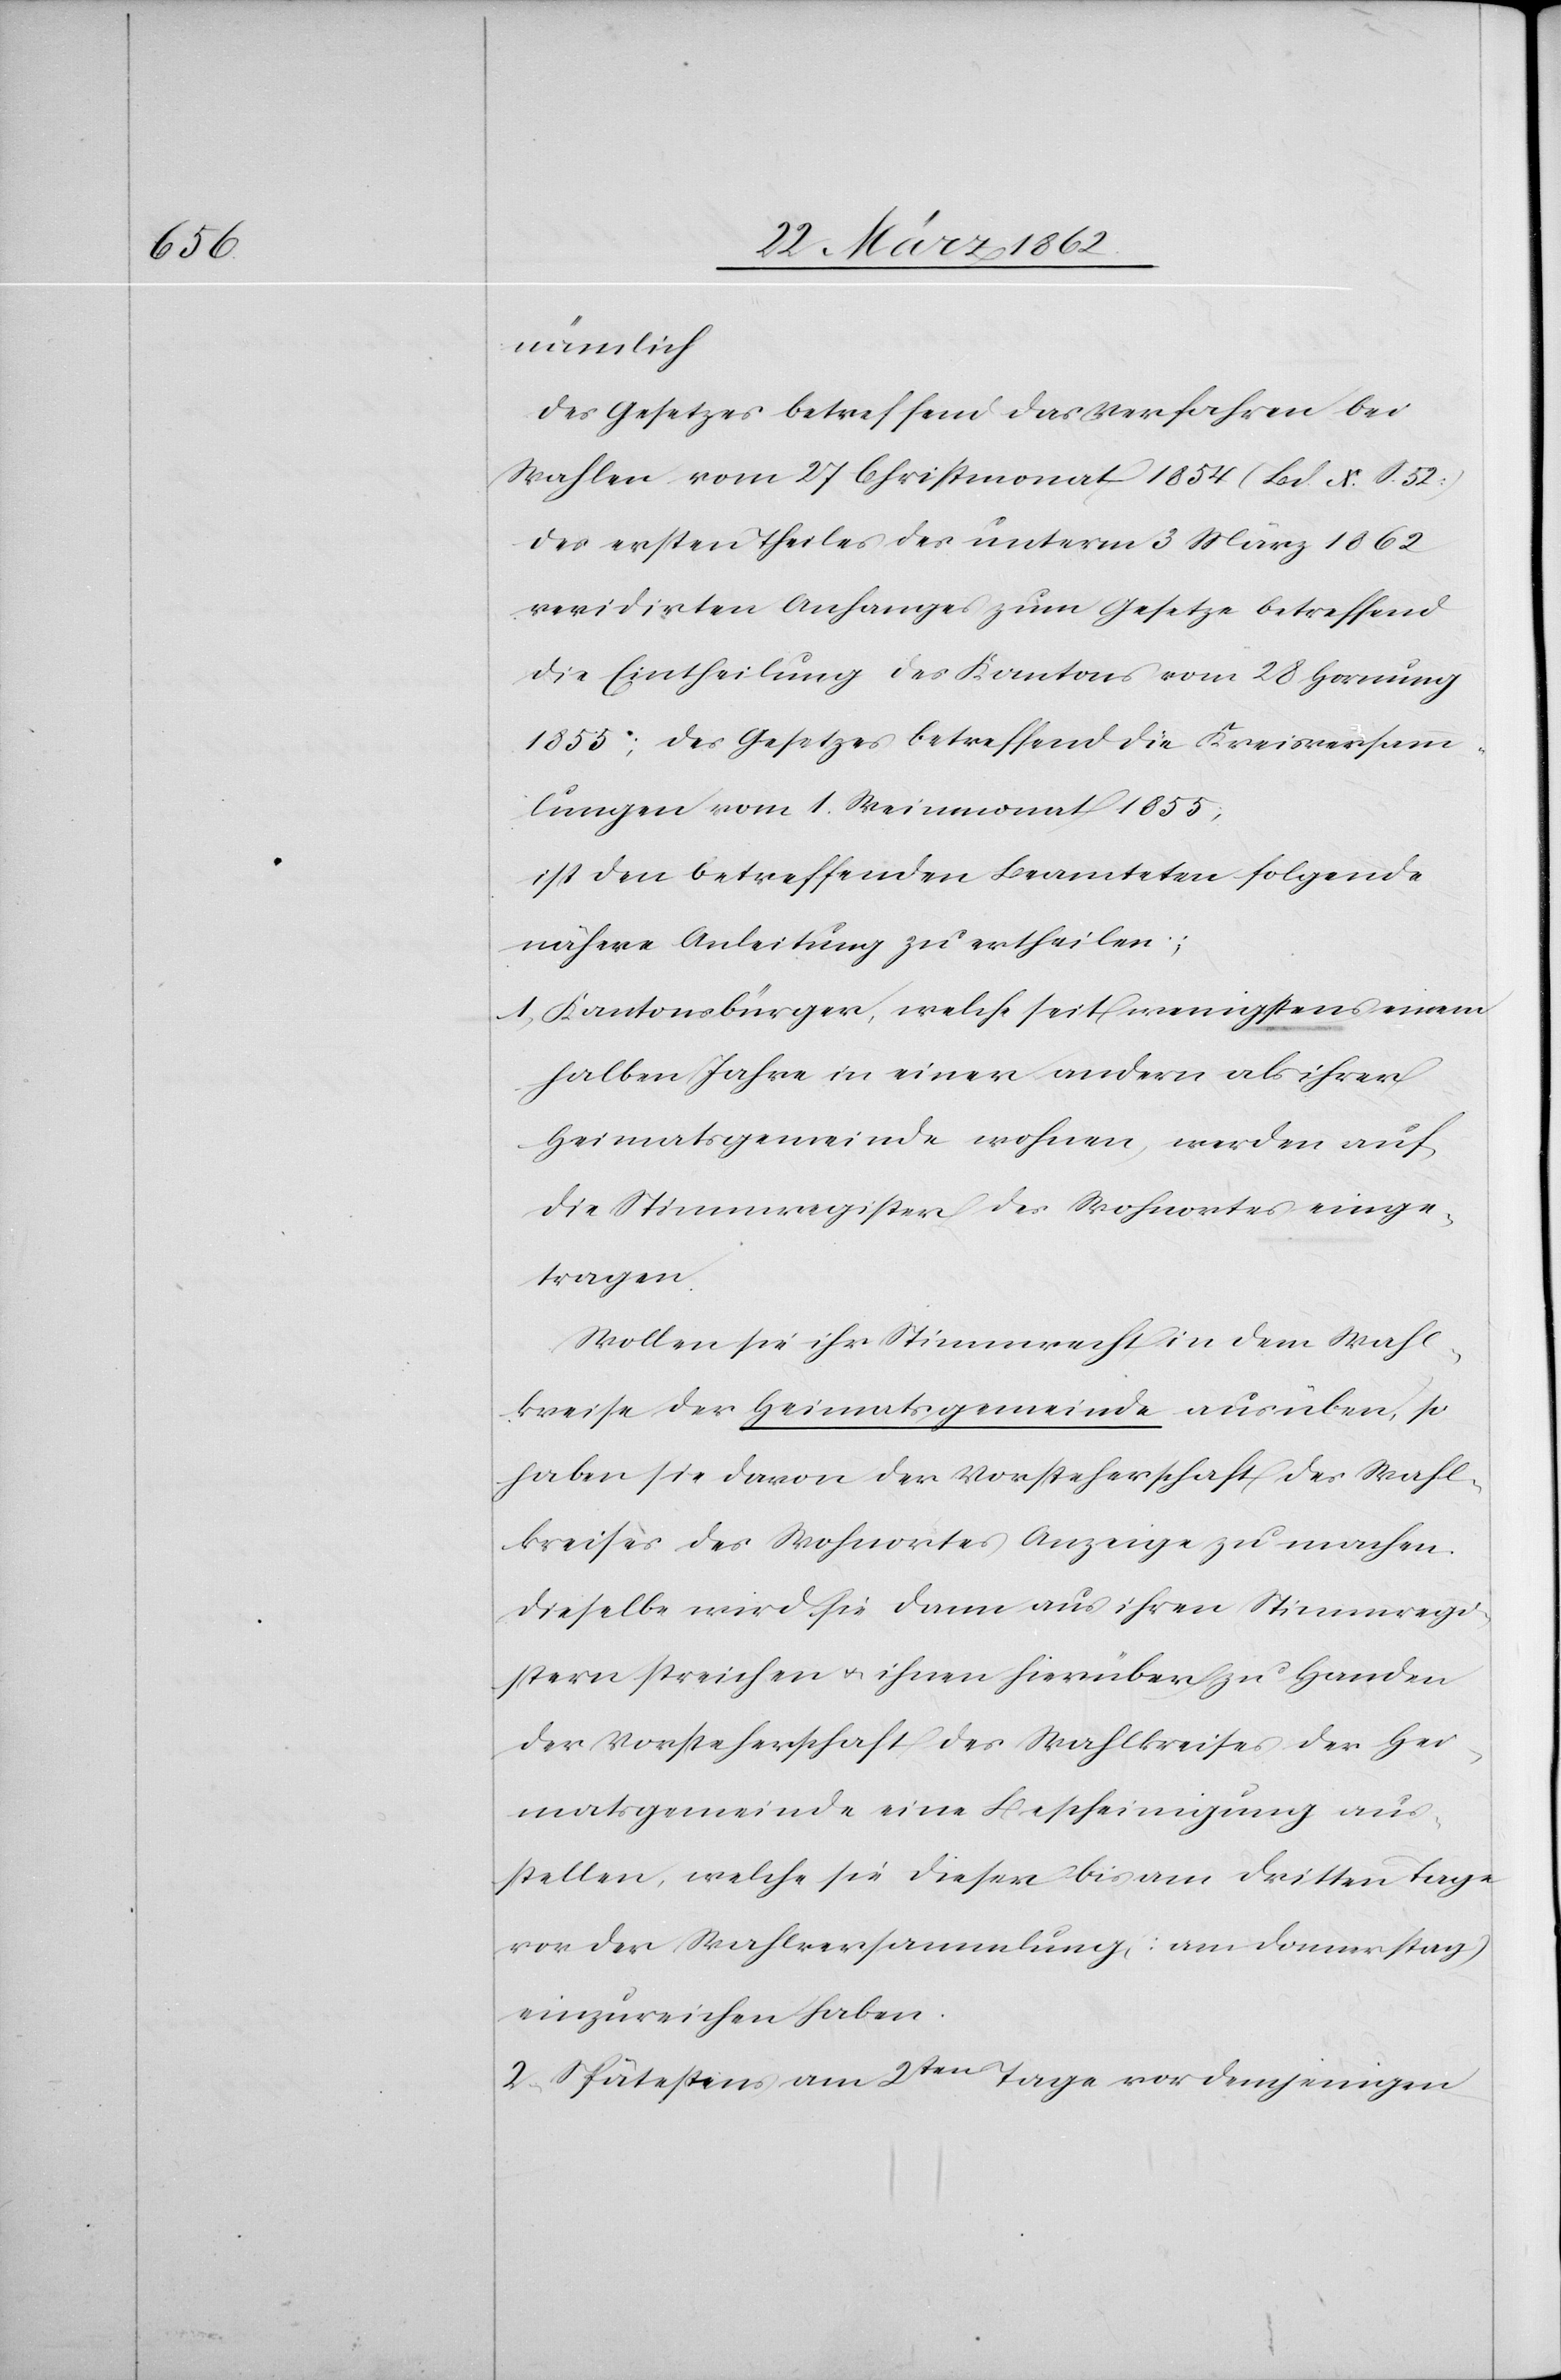
nämlich
des Gesetzes betreffend das Verfahren bei
Wahlen vom 27 Christmonat 1854 (Bd. X. S. 52.)
des ersten Theiles des unterm 3 März 1862
revidirten Anfanges zum Gesetze betreffend
die Eintheilung des Kantons vom 28 Hornung
1855; des Gesetzes betreffend die Kreisversamm¬
lungen vom 1. Weinmonat 1855;
ist den betreffenden Beamteten folgende
nähere Anleitung zu ertheilen;
1) Kantonsbürger, welche seit wenigstens einem
halben Jahre in einer andern als ihrer
Heimatsgemeinde wohnen, werden auf
die Stimmregister des Wohnorts einge¬
tragen.
Wollen sie ihr Stimmrecht in dem Wahl¬
kreise der Heimatsgemeinde ausüben, so
haben sie davon der Vorsteherschaft des Wahl¬
kreises des Wohnortes Anzeige zu machen.
Dieselbe wird sie dann aus ihren Stimmregi¬
stern streichen u. ihnen hierüber zu Handen
der Vorsteherschaft des Wahlkreises der Hei¬
matsgemeinde eine Bescheinigung aus¬
stellen, welche sie dieser bis am dritten Tage
vor der Wahlversammlung (am Donnerstag)
einzureichen haben.
2) Spätestens am 2ten Tage vor demjenigen